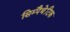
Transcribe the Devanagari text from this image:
सिम्पैथेटिक